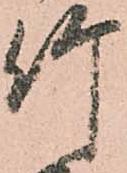
竹